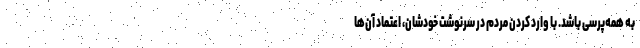
به همه‌پرسی باشد. با وارد کردن مردم در سرنوشت خودشان، اعتماد آن‌ها